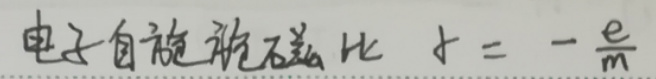
电子自旋磁矩比 $\gamma=-\frac{e}{m}$